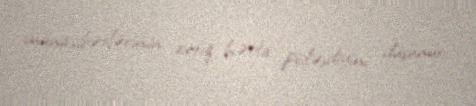
münasibətlərinin artıq hətta pisləşdiyini düşünür.